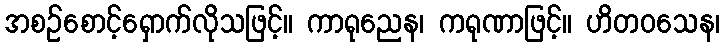
အစဉ်စောင့်ရှောက်လိုသဖြင့်။ ကာရုညေန၊ ကရုဏာဖြင့်။ ဟိတဝသေန၊